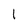
Character: 1